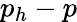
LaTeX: p_{h}-p